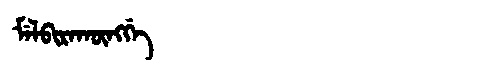
Manchu: ᠮᡝᠯᠪᡳᡵᠠᡴᡡᠩᡤᡝ
Romanization: MELBIRAKŪNGGE